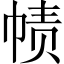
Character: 帻